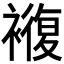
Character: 𮖵